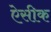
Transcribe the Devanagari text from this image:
ऐसीक